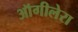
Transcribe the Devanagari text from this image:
ऑगीलेरा